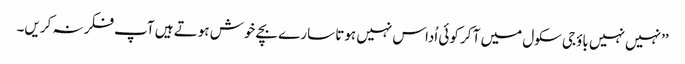
’’نہیں نہیں باؤجی سکول میں آ کر کوئی اُداس نہیں ہوتا سارے بچے خوش ہوتے ہیں آپ فکر نہ کریں۔